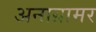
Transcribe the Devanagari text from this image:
अनाग्रामर